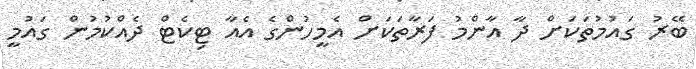
ބޭރު ގައުމުތަކަށް ދާ އާންމު ފަރާތަކަށް އެމީހުންގެ އެއާ ޓިކެޓް ދެއްކުމުން ގައުމީ